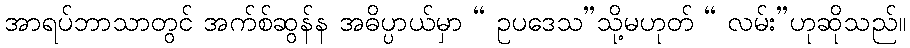
အာရပ်ဘာသာတွင် အက်စ်ဆွန်န အဓိပ္ပာယ်မှာ “ ဥပဒေသ”သို့မဟုတ် “ လမ်း”ဟုဆိုသည်။